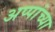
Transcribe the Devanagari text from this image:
अप्पांच्या